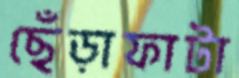
ছেঁড়াফাটা